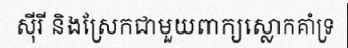
ស៊ីរី និងស្រែកជាមួយពាក្យស្លោកគាំទ្រ